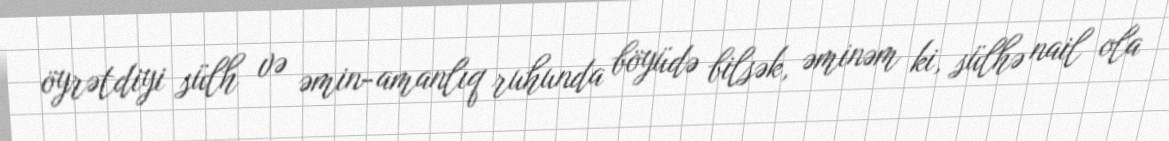
öyrətdiyi sülh və əmin-amanlıq ruhunda böyüdə bilsək, əminəm ki, sülhə nail ola